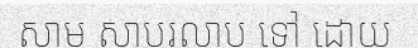
សាម សាបរលាប ទៅ ដោយ